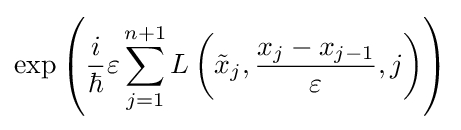
\exp \left({\frac {i}{\hbar }}\varepsilon \sum _{j=1}^{n+1}L\left({\tilde {x}}_{j},{\frac {x_{j}-x_{j-1}}{\varepsilon }},j\right)\right)